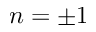
n = \pm 1